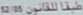
طقه-النامهٔ